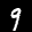
Label: 9